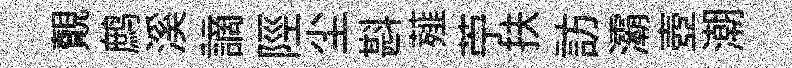
覿鹧溪謫陘尘斟薤苧扶訪灞壺潮